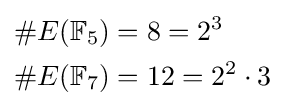
{\begin{aligned}\#E(\mathbb {F} _{5})&=8=2^{3}\\\#E(\mathbb {F} _{7})&=12=2^{2}\cdot 3\end{aligned}}